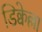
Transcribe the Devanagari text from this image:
डिक्वेल्ला